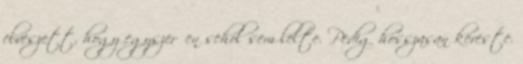
elveszett, hogy egyszerűen sehol sem lelte. Pedig hosszasan kereste.